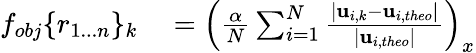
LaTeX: \begin{array}{rl}{f_{obj}\lbrace r_{1...n}\rbrace_{k}}&{{}=\left(\frac{\alpha}{N}\sum_{i=1}^{N}\frac{\lvert{\mathbf{u}}_{i,k}-{\mathbf{u}}_{i,theo}\rvert}{\lvert{\mathbf{u}}_{i,theo}\rvert}\right)_{x}}\end{array}